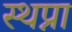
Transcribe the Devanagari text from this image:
स्थप्ना